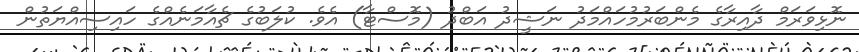
ނޮޅިވަރަމް ދާއިރާގެ މެންބަރުމުހައްމަދު ނަޝީދު އަބްދު (މޮސްޓާ) އެވެ. ކުލަބުގެ ޗެއާމަނެއްގެ ހައިސިއްޔަތުން